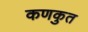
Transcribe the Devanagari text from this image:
कणकुत